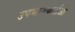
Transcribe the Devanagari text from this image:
उपभोगकर्ताओ